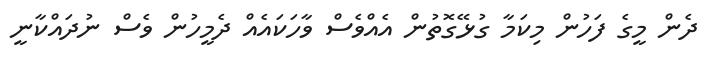
ދެން މީގެ ފަހުން މިކަމާ ގުޅޭގޮތުން އެއްވެސް ވާހަކައެއް ދެމީހުން ވެސް ނުދައްކާނީ